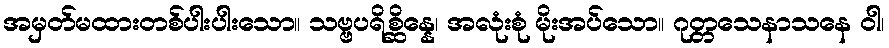
အမှတ်မထားတစ်ပါးပါးသော။ သဗ္ဗပရိစ္ဆိန္နေ၊ အလုံးစုံ မိုးအပ်သော။ ဂုတ္တသေနာသနေ ဝါ၊